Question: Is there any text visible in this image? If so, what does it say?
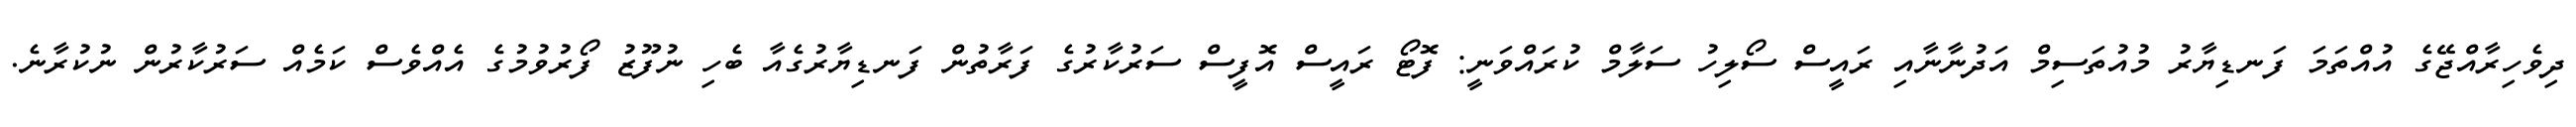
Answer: ދިވެހިރާއްޖޭގެ އުއްތަމަ ފަނޑިޔާރު މުއުތަސިމް އަދުނާނާއި ރައީސް ސޯލިހު ސަލާމް ކުރައްވަނީ: ފޮޓޯ ރައީސް އޮފީސް ސަރުކާރުގެ ފަރާތުން ފަނޑިޔާރުގެއާ ބެހި ނުފޫޒު ފޯރުވުމުގެ އެއްވެސް ކަމެއް ސަރުކާރުން ނުކުރާނެ.